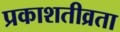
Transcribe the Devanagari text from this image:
प्रकाशतीव्रता